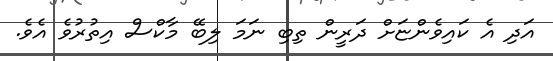
އަދި އެ ކައިވެންޏަށް ދަރީން ތިބި ނަމަ ލިބޭ މާކްސް އިތުރުވެ އެވެ.